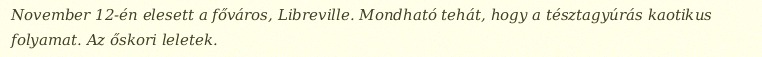
November 12-én elesett a főváros, Libreville. Mondható tehát, hogy a tésztagyúrás kaotikus folyamat. Az őskori leletek.